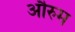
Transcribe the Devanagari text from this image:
औरुम